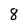
Character: 8